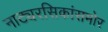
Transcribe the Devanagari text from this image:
नाट्यरसिकांसमोर